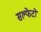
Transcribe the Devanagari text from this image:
सल्फेटो